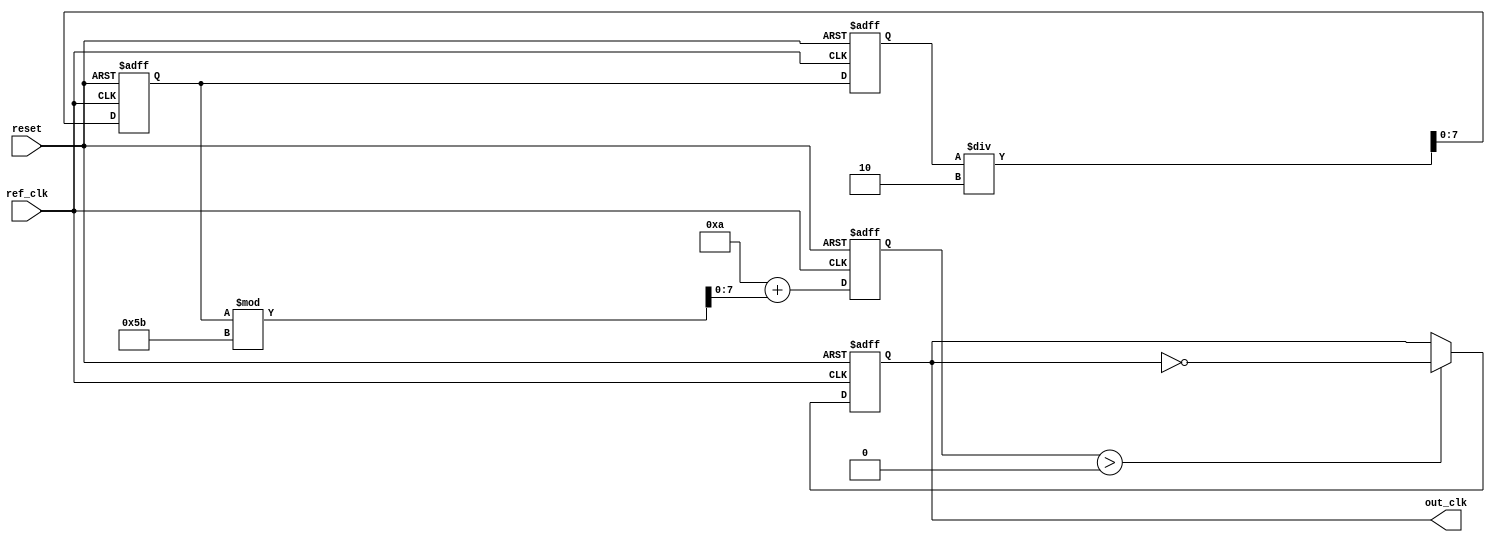
module ADPLL (
    input wire ref_clk,            // Reference clock input
    input wire reset,              // Reset signal
    output reg out_clk             // Output clock
);

// Parameters for loop filter
parameter FILTER_ORDER = 2;      // Order of the loop filter
parameter DCO_MAX_FREQUENCY = 100; // Maximum frequency for the DCO
parameter DCO_MIN_FREQUENCY = 10;  // Minimum frequency for the DCO

// Phase detector signals
reg [1:0] phase_error; // Phase error from the phase detector
reg [7:0] error_signal; // Digital error signal
reg [7:0] control_signal; // Control signal for the DCO

// Loop filter state
reg [7:0] loop_filter[0:FILTER_ORDER-1]; // Loop filter coefficients
integer i;

// Memory block for frequency values
reg [7:0] frequency_memory [0:255]; // Frequency values (to be pre-loaded)
initial begin
    // Initialize frequency memory with some example values
    for (i = 0; i < 256; i = i + 1) begin
        frequency_memory[i] = i; // Example frequency values
    end
end

// Digital Controlled Oscillator (DCO)
reg [7:0] dco_output;

// Phase Detector (PD)
always @(posedge ref_clk or posedge reset) begin
    if (reset) begin
        phase_error <= 2'b00;
    end else begin
        // Simple phase detector comparing reference clock with output clock
        // This is simplified for the sake of this example
        if (out_clk) begin
            phase_error <= (phase_error == 2'b00) ? 2'b01 : 2'b00; // Example logic
        end else begin
            phase_error <= (phase_error == 2'b01) ? 2'b10 : 2'b01; // Example logic
        end
    end
end

// Loop Filter (LF)
always @(posedge ref_clk or posedge reset) begin
    if (reset) begin
        for (i = 0; i < FILTER_ORDER; i = i + 1) begin
            loop_filter[i] <= 0;
        end
        control_signal <= 0;
    end else begin
        error_signal <= {6'b0, phase_error}; // Convert phase error to digital
        control_signal <= control_signal + error_signal;
        
        // Implement a simple low-pass filter using previous control signal
        // This is a naive filter; real implementation would require careful design
        for (i = FILTER_ORDER - 1; i > 0; i = i - 1) begin
            loop_filter[i] <= loop_filter[i - 1];
        end
        loop_filter[0] <= control_signal;

        // Output control signal (naive implementation)
        control_signal <= (loop_filter[0]/FILTER_ORDER);
    end
end

// DCO
always @(posedge ref_clk or posedge reset) begin
    if (reset) begin
        dco_output <= DCO_MIN_FREQUENCY; // Reset DCO output
        out_clk <= 0; // Initialize output clock
    end else begin
        // Adjust DCO output frequency based on control signal
        dco_output <= DCO_MIN_FREQUENCY + control_signal % (DCO_MAX_FREQUENCY - DCO_MIN_FREQUENCY + 1);
        
        // Generate output clock using a simple counter mechanism
        if (dco_output > 0) begin
            out_clk <= ~out_clk; // Toggle output clock as per DCO output
        end
    end
end

endmodule